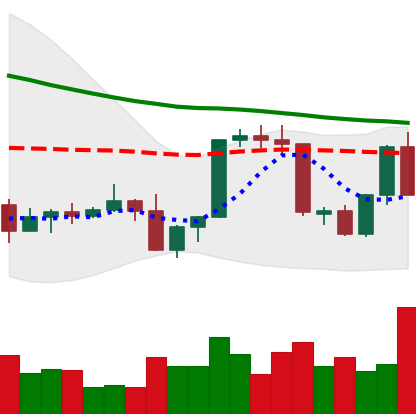
Ticker: XLM-USD
Chart end date: 2022-09-18
Forward return: 14.762%
Label: up_7plus